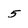
Character: 5